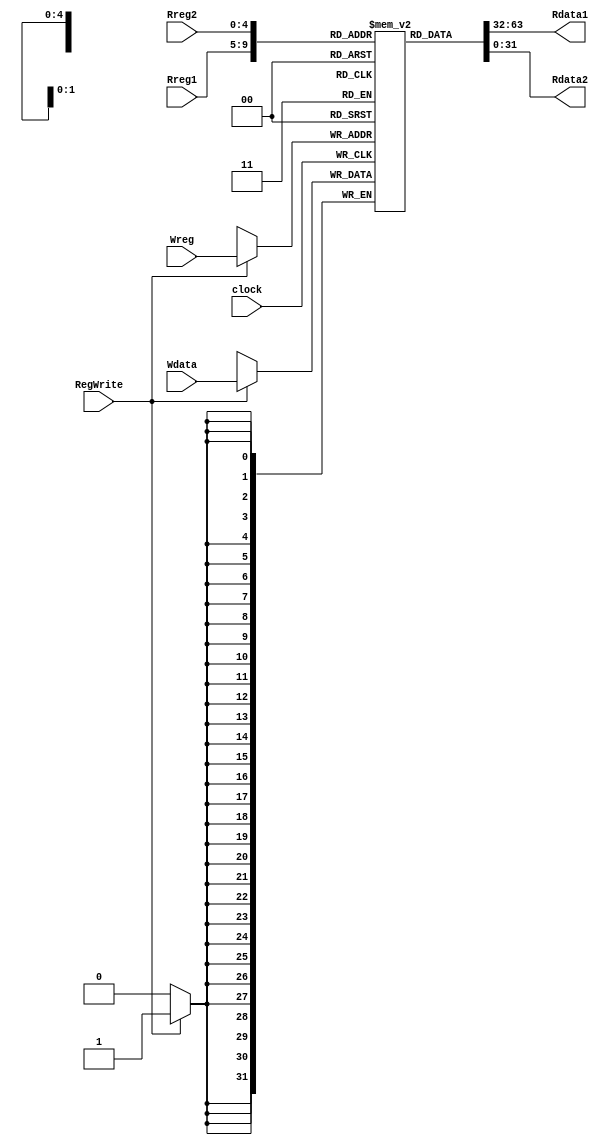
`timescale 1ns / 1ps
//////////////////////////////////////////////////////////////////////////////////
// Company: 
// Engineer: 
// 
// Design Name: 
// Module Name:    REG 
// Project Name: 
// Target Devices: 
// Tool versions: 
// Description: 
//
// Dependencies: 
//
// Revision: 
// Revision 0.01 - File Created
// Additional Comments: 
//
//////////////////////////////////////////////////////////////////////////////////
module REG (Rreg1, Rreg2, Wreg, RegWrite, Wdata, Rdata1, Rdata2,clock);
input [4:0] Rreg1, Rreg2;
input [31:0] Wdata;
input RegWrite,clock;
input [4:0]Wreg;
output [31:0] Rdata1, Rdata2;
reg [31:0] register [0:31];
integer i;
initial begin
for (i=0;i<32;i=i+1)
begin
register[i]=32'b0;
end
end
always @(posedge clock) begin
if (RegWrite == 1) 
register[Wreg] <= Wdata;
end
assign  Rdata1 = register[Rreg1];
assign Rdata2 = register[Rreg2];
endmodule